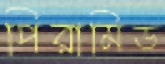
পিরামিড